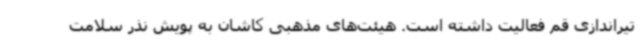
تیراندازی قم فعالیت داشته است. هیئت‌های مذهبی کاشان به پویش نذر سلامت